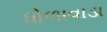
ધોળાવાડા